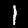
Digit: 1